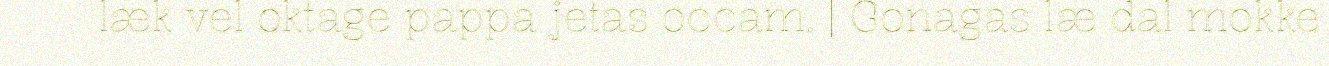
læk vel oktage pappa jetas occam. | Gonagas læ dal mokke